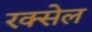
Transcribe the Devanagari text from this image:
रक्सेल